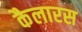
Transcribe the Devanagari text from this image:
कैलारस